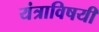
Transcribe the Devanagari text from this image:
यंत्राविषयी